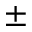
^ \pm